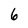
Character: 6